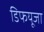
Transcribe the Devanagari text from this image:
डिफयूजा